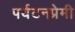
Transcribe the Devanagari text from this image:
पर्यटनप्रेमी